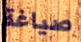
صياغة